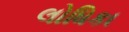
લોધિકા